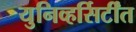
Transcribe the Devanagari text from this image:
युनिव्हर्सिर्टींत